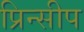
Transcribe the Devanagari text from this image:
प्रिन्सीप